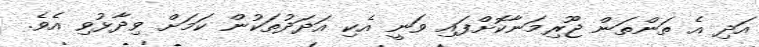
އަދި އެ ތަންތަން ޖޫރިމަނާކޮށްފައި ވަނީ އެކި އަދަދުތަކުން ކަމަށް ވިދާޅުވި އެވެ.